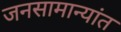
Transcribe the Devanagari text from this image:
जनसामान्यांत